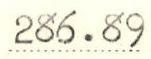
286.89